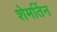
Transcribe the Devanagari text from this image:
शेमर्तिन